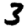
Digit: 3